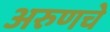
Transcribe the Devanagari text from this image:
अरुणचे